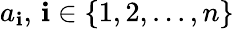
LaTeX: a_{\mathbf{i}},\, \mathbf{i}\in\{ 1,2,...,n\}